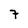
Character: 7